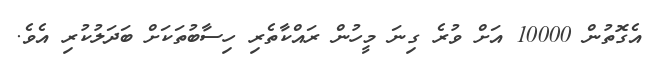
އެގޮތުން 10000 އަށް ވުރެ ގިނަ މީހުން ރައްކާތެރި ހިސާބުތަކަށް ބަދަލުކުރި އެވެ.